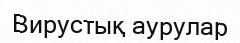
Вирустық аурулар